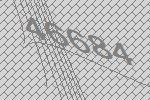
46684